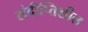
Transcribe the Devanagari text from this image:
संदीप्तिशील